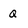
Character: Q